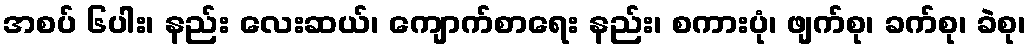
အစပ် ၆ပါး၊ နည်း လေးဆယ်၊ ကျောက်စာရေး နည်း၊ စကားပုံ၊ ဖျက်စု၊ ခက်စု၊ ခဲစု၊